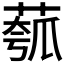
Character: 𫈻